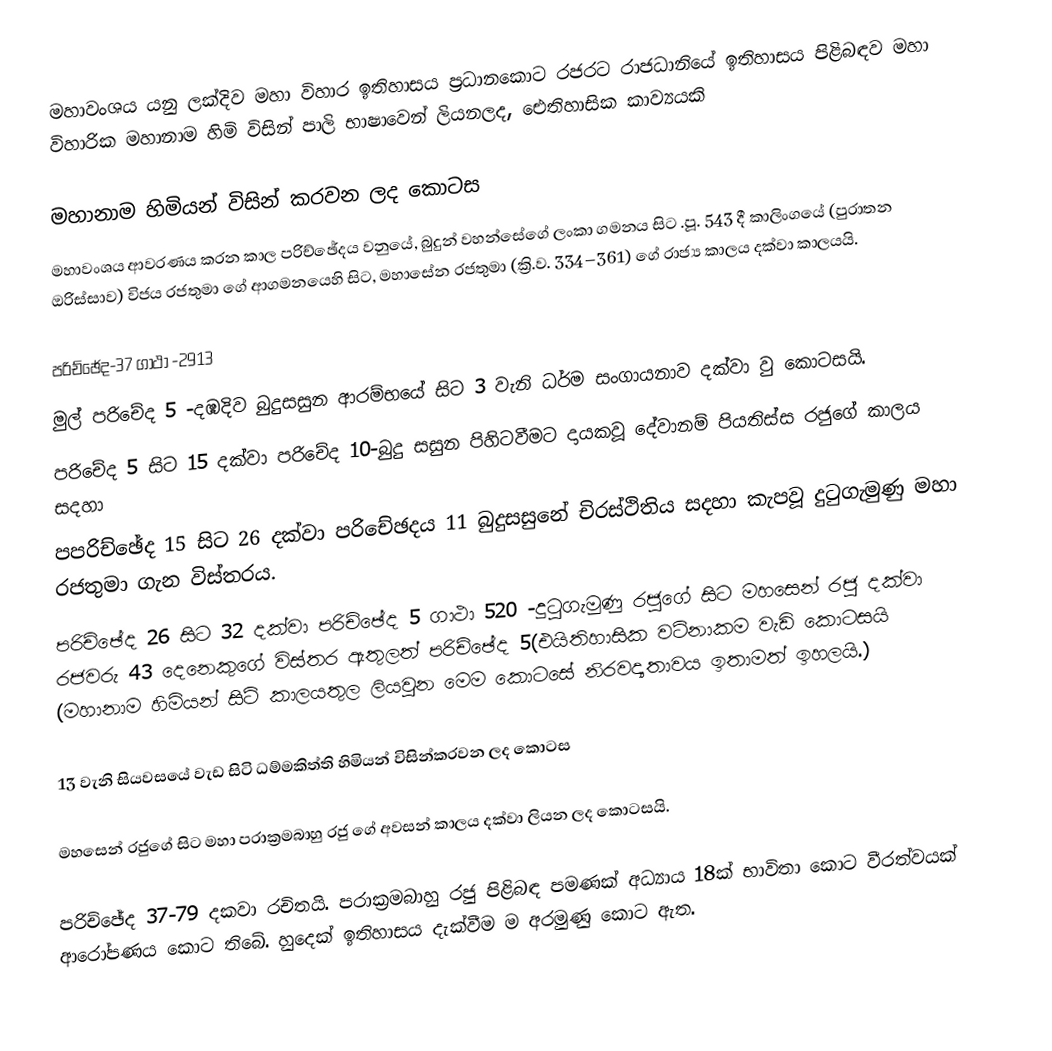
මහාවංශය යනු ලක්දිව මහා විහාර ඉතිහාසය ප්‍රධානකොට රජරට රාජධානියේ ඉතිහාසය පිළිබඳව මහා විහාරික මහානාම හිමි විසින් පාලි භාෂාවෙන් ලියනලද, ඓතිහාසික කාව්‍යයකි

මහානාම හිමියන් විසින් කරවන ලද කොටස
මහාවංශය ආවරණය කරන කාල පරිච්ඡේදය වනුයේ, බුදුන් වහන්සේගේ ලංකා ගමනය සිට .පූ. 543 දී කාලිංගයේ (පුරාතන ඔරිස්සාව) විජය රජතුමා ගේ ආගමනයෙහි සිට, මහාසේන රජතුමා (ක්‍රි.ව. 334–361) ගේ රාජ්‍ය කාලය දක්වා කාලයයි.

 පරිච්ඡේද-37 ගාථා -2913
 මුල් පරිචේද 5 -දඹදිව බුදුසසුන ආරම්භයේ සිට 3 වැනි ධර්ම සංගායනාව දක්වා වු කොටසයි.
 පරිචේද 5 සිට 15 දක්වා පරිචේද 10-බුදු සසුන පිහිටවීමට දායකවූ දේවානම් පියතිස්ස රජුගේ කාලය සදහා
 පපරිච්ඡේද 15 සිට 26 දක්වා පරිචේඡදය 11 බුදුසසුනේ චිරස්ථිතිය සදහා කැපවූ දුටුගැමුණු මහා රජතුමා ගැන විස්තරය.
 පරිච්ඡේද 26 සිට 32 දක්වා පරිච්ඡේද 5 ගාථා 520 -දුටුගැමුණු රජුගේ සිට මහසෙන් රජු දක්වා රජවරු 43 දෙනෙකුගේ විස්තර ඇතුලත් පරිච්ඡේද 5(එයිතිහාසික වටිනාකම වැඩි කොටසයි (මහානාම හිමියන් සිටි කාලයතුල ලියවුන මෙම කොටසේ නිරවද්‍යතාවය ඉතාමත් ඉහලයි.)

13 වැනි සියවසයේ වැඩ සිටි ධම්මකිත්ති හිමියන් විසින්කරවන ලද කොටස

 මහසෙන් රජුගේ සිට මහා පරාක්‍රමබාහු රජු ගේ අවසන් කාලය දක්වා ලියන ලද කොටසයි.

පරිච්ඡේද 37-79 දකවා රචිතයි. පරාක්‍රමබාහු රජු පිළිබඳ පමණක් අධ්‍යාය 18ක් භාවිතා කොට වීරත්වයක් ආරෝපණය කොට තිබේ. හුදෙක් ඉතිහාසය දැක්වීම ම අරමුණු කොට ඇත.